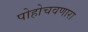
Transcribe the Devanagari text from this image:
पोहोचवणारा